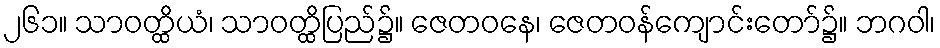
၂၆၁။ သာဝတ္ထိယံ၊ သာဝတ္ထိပြည်၌။ ဇေတဝနေ၊ ဇေတဝန်ကျောင်းတော်၌။ ဘဂဝါ၊